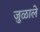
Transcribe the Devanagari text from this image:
जुळाले